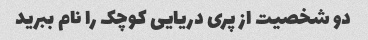
دو شخصیت از پری دریایی کوچک را نام ببرید